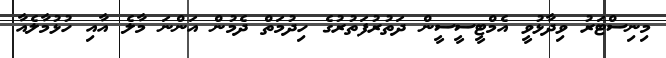
މިނިސްޓަރު ވިދާޅުވީ އެމްޓީސީސީން ދަތުރުފަތުރުގެ ހިދުމަތް ދެމުން އަންނަ މާލެ އާއި ހުޅުމާލެއާ